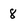
Character: 8